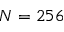
N = 2 5 6